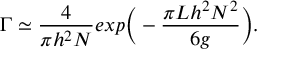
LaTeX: \Gamma \simeq \frac { 4 } { \pi h ^ { 2 } N } e x p \bigg ( - \frac { \pi L h ^ { 2 } N ^ { 2 } } { 6 g } \bigg ) .